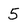
Character: 5